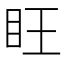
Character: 𪛟